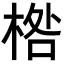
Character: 𣓌